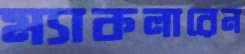
ম্যাকলারেন